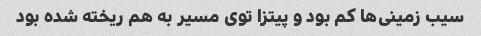
سیب زمینی‌ها کم بود و پیتزا توی مسیر به هم ریخته شده بود